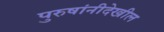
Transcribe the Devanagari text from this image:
पुरुषांनीदेखील